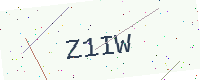
Text: Z1IW